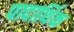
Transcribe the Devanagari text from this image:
पादार्थिक